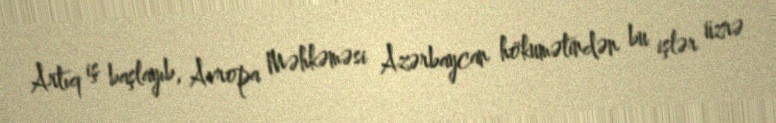
Artıq iş başlayıb, Avropa Məhkəməsi Azərbaycan hökumətindən bu işlər üzrə